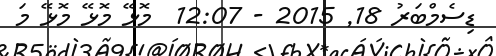
ޑިސެމްބަރު 18